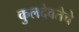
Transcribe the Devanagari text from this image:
कुलदेवतेचे